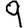
Digit: 9